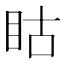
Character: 䀦